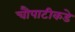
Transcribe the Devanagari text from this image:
चौपाटीकडे